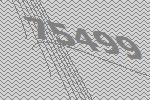
75499